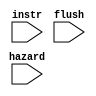
module Hazard_detect_unit(
        instr,
        hazard,
        flush,
    );
					
input [31:0] instr;
input [1:0]  hazard;
input        flush;



assign flush=(hazard!=2'b00)||(instr[5:0]==5'b000001);

endmodule